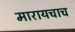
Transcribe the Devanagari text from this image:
मारायचाच